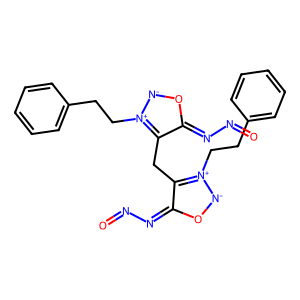
SMILES: O=NN=c1o[n-][n+](CCc2ccccc2)c1Cc1c(=NN=O)o[n-][n+]1CCc1ccccc1
Inhibits HIV replication: No